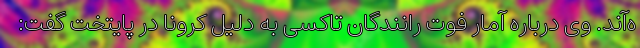
ه‌آند. وی درباره آمار فوت رانندگان تاکسی به دلیل کرونا در پایتخت گفت: